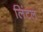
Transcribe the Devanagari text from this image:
लिंटल